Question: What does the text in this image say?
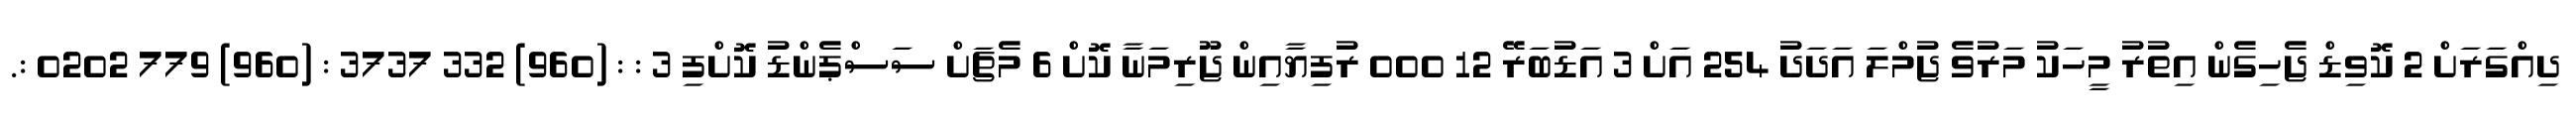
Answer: ދިއްގަރަށް 2 ކޮވިޑް ޖެހިގެން އިތުރު މީހަކު މަރުވެ ޖުމްލަ އަދަދު 254 އަށް 3 އަޑުބަރޭ 12 000 ރުފިޔާއިން ޖޫރިމަނާ ކޮށް 6 މެޗަށް ސަސްޕެންޑު ކޮށްފި 3 : : (960) 332 3737 : (960) 779 0202 :.